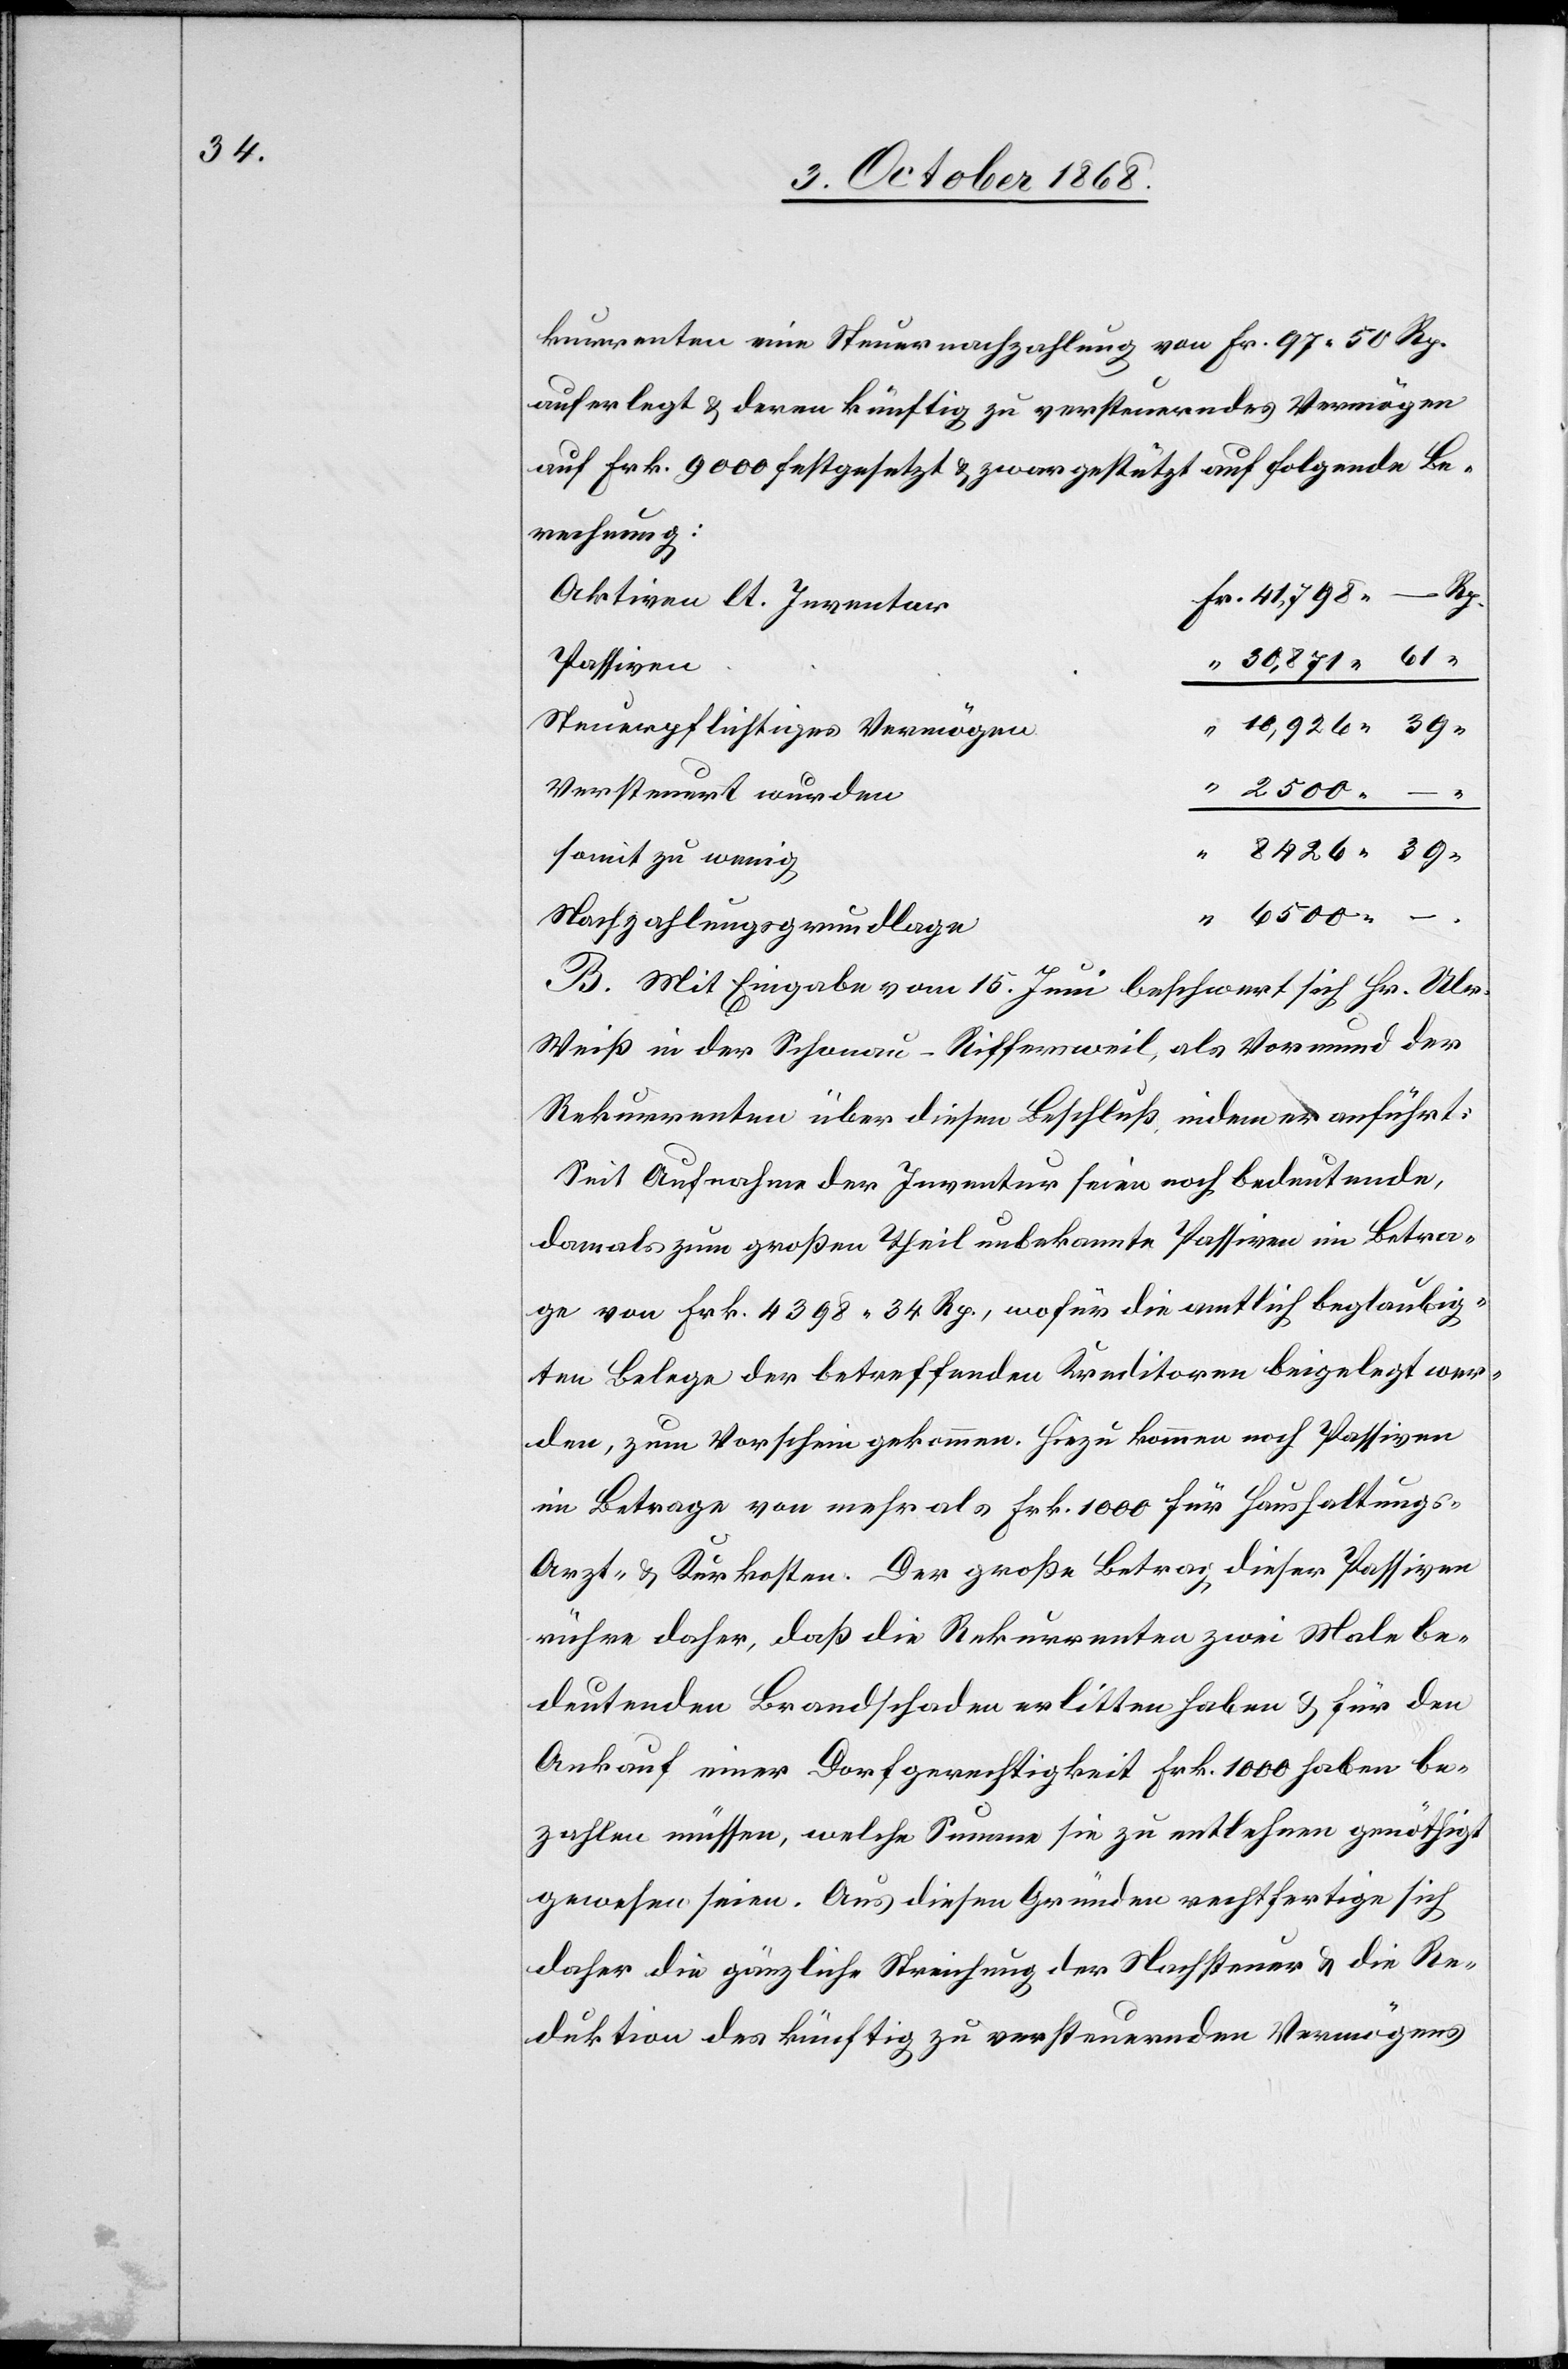
kurrenten eine Steuernachzahlung von Fr. 97 50 Rp.
auferlegt & deren künftig zu versteuerndes Vermögen
auf Frk. 9000 festgesetzt & zwar gestützt auf folgende Be¬
rechnung:
–
Rp.
Fr. 41,798
Aktiven lt. Inventar
“ 30,871 61
Passiven
“ 10,926 39 “
Steuerpflichtiges Vermögen
Versteuert wurden
somit zu wenig
“ 6500 –
Nachzahlungsgrundlage
B. Mit Eingabe vom 15. Juni beschwert sich Hr. Ulr.
Weiß in der Schonau - Riffersweil, als Vormund der
Rekurrenten über diesen Beschluß, indem er anführt:
Seit Aufnahme der Inventur seien noch bedeutende,
damals zum großen Theil unbekannte Passiven im Betra¬
ge von Frk. 4398 34 Rp., wofür die amtlich beglaubig¬
ten Belege der betreffenden Kreditoren beigelegt wer¬
den, zum Vorschein gekommen. Hiezu kommen noch Passiven
im Betrage von mehr als Frk. 1000 für Haushaltungs-[,]
Arzt- & Kurkosten. Der große Betrag dieser Passiven
rühre daher, daß die Rekurrenten zwei Male be¬
deutenden Brandschaden erlitten haben & für den
Ankauf einer Dorfgerechtigkeit Frk. 1000 haben be¬
zahlen müssen, welche Summe sie zu entlehnen genöthigt
gewesen seien. Aus diesen Gründen rechtfertige sich
daher die gänzliche Streichung der Nachsteuer & die Re¬
duktion des künftig zu versteuernden Vermögens